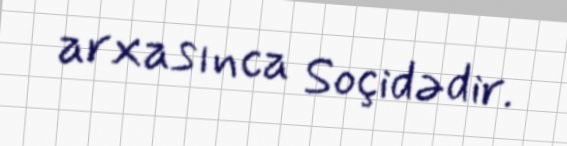
arxasınca Soçidədir.